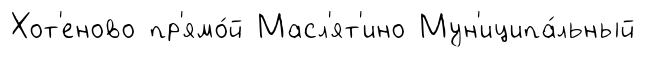
Хот'еново пр'ямо́й Масл'ят'ино Мун'иципа́льный